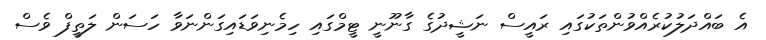
އެ ބައްދަލުކުރެއްވުންތަކުގައި ރައީސް ނަޝީދުގެ ގާނޫނީ ޓީމްގައި ހިމެނިވަޑައިގަންނަވާ ހަސަން ލަތީފް ވެސް